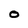
Character: O